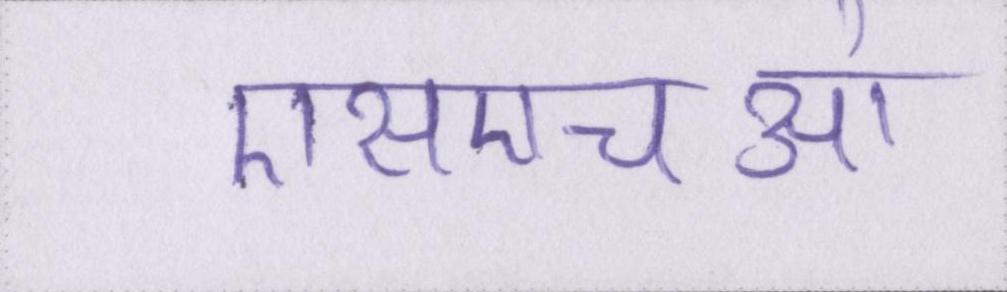
एसएचओ